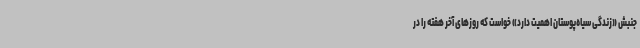
جنبش «زندگی سیاه‌پوستان اهمیت دارد» خواست که روزهای آخر هفته را در